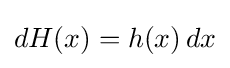
dH(x)=h(x)\,dx